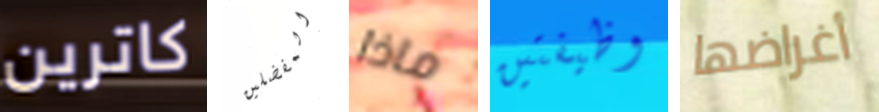
كاترين المفضلين ماذا وظيفتين أغراضها